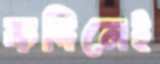
কদিনেই